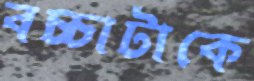
বচ্চাটাকে